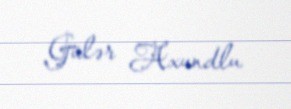
Gülər Axundlu